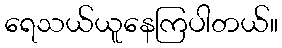
ရေသယ်ယူနေကြပါတယ်။